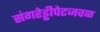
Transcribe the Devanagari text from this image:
संगरेड्डीपेटजवळ